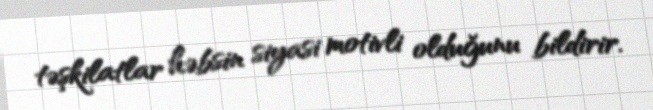
təşkilatlar həbsin siyasi motivli olduğunu bildirir.